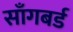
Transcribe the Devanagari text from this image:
साँगबर्ड